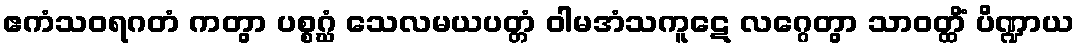
ဧကံသဝရဂတံ ကတွာ ပစ္စဂ္ဃံ သေလမယပတ္တံ ဝါမအံသကူဋေ လဂ္ဂေတွာ သာဝတ္ထိံ ပိဏ္ဍာယ